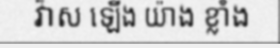
វ៉ាស ឡើង យ៉ាង ខ្លាំង